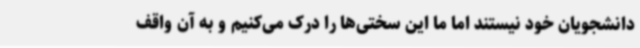
دانشجویان خود نیستند اما ما این سختی‌ها را درک می‌کنیم و به آن واقف